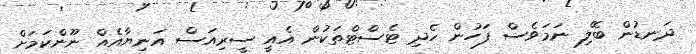
ދަނޑުން ބޭލި ނަމަވެސް ފަހުން ހެދި ޓެސްޓްތަކުން އެއީ ސީރިއަސް އަނިޔާއެއް ނޫންކަމަށް